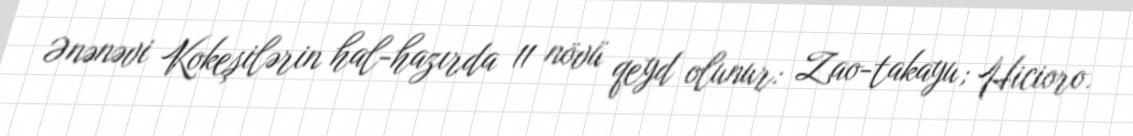
Ənənəvi Kokeşilərin hal-hazırda 11 növü qeyd olunur: Zao-takayu; Hicioro.